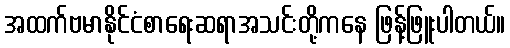
အထက်ဗမာနိုင်ငံစာရေးဆရာအသင်းတို့ကနေ ဖြန့်ဖြူးပါတယ်။